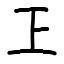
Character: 㠪